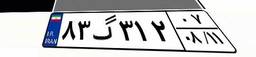
۸۳گ۳۱۲۰۷